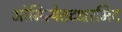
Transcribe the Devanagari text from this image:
ओमित्येतदक्षरमिद